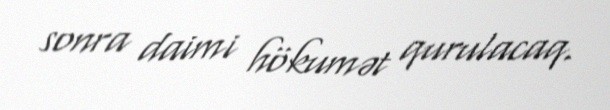
sonra daimi hökumət qurulacaq.